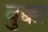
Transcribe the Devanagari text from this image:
वुक्का